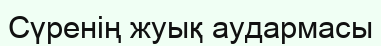
Сүренің жуық аудармасы